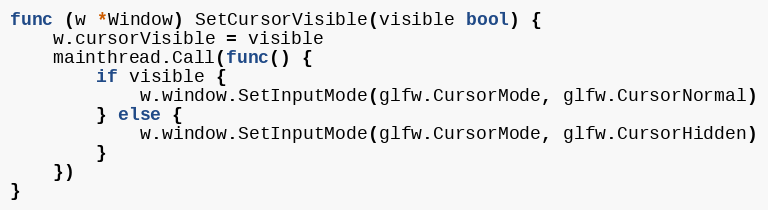
Language: Go
func (w *Window) SetCursorVisible(visible bool) {
	w.cursorVisible = visible
	mainthread.Call(func() {
		if visible {
			w.window.SetInputMode(glfw.CursorMode, glfw.CursorNormal)
		} else {
			w.window.SetInputMode(glfw.CursorMode, glfw.CursorHidden)
		}
	})
}